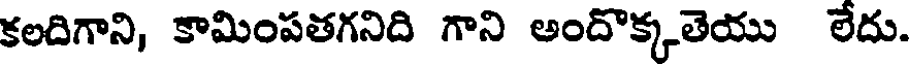
కలదిగాని, కామింపతగనిది గాని అందొక్కతెయు లేదు.